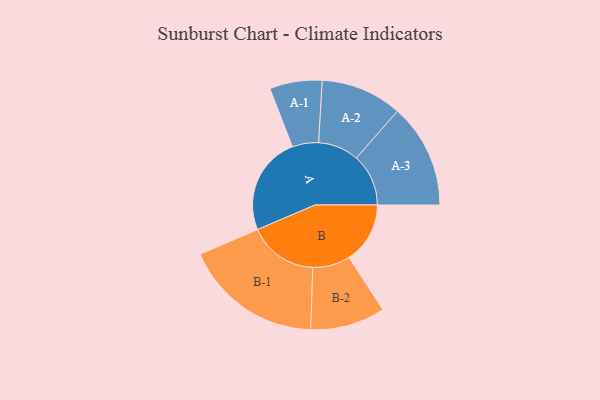
{"axis": {"x": "Segment", "y": "Value"}, "legend": ["", "A", "B"], "data": [{"x": "A", "y": 421, "type": ""}, {"x": "B", "y": 261, "type": ""}, {"x": "A-1", "y": 112, "type": "A"}, {"x": "A-2", "y": 174, "type": "A"}, {"x": "A-3", "y": 223, "type": "A"}, {"x": "B-1", "y": 297, "type": "B"}, {"x": "B-2", "y": 160, "type": "B"}]}